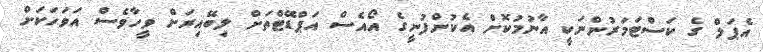
އެޕަލް ގެ ކަސްޓަމަރުންނަކީ އާނުމުކޮށް އެކުންފުނީގެ އޯއެސް އަޕްޑޭޓްތަށް ލިބޭއިރަށް ވީހާވެސް އަވަހަކަށް